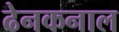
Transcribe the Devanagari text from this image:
ढेनकनाल